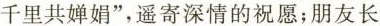
千里共婵娟”，遥寄深情的祝愿；朋友长